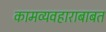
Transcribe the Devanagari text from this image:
कामव्यवहाराबाबत